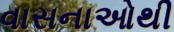
વાસનાઓથી